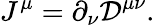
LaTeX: J^{\mu}=\partial_{\nu}{\mathcal{D}}^{\mu\nu}.